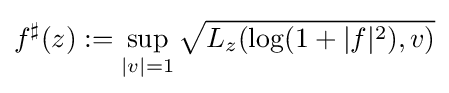
f^{\sharp }(z):=\sup _{|v|=1}{\sqrt {L_{z}(\log(1+|f|^{2}),v)}}